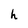
Character: h